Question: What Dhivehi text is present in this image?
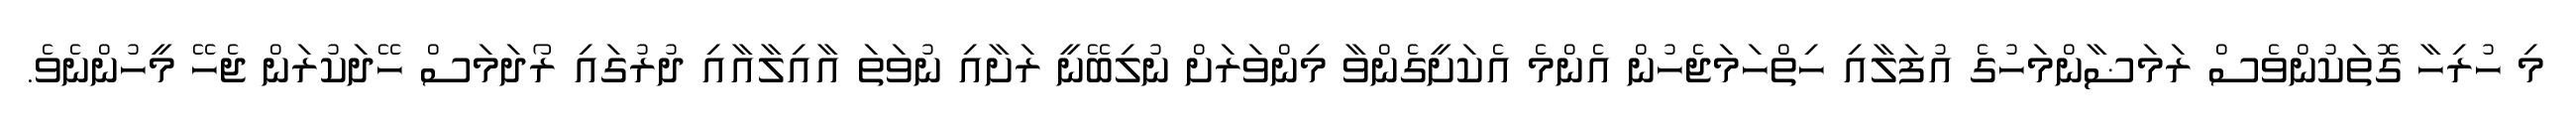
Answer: މި ހުރިހާ ގޮތަކުންވެސް ރަމަޟާންމަހުގެ އުފަލާއި ހިތްހަމަޖެހުން އެންމެ އެކަށީގެންވާ މިންވަރަށް ނުލިބޭނީ ރަށާއި ނުވަތަ އާއިލާއާއި ދުރުގައި ރޯދަމަސް ހޭދަކުރަން ޖެހޭ މީހުންނެވެ.